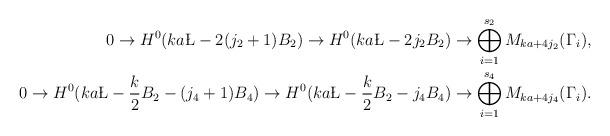
LaTeX: \begin{align*} 0\to H^0(ka\L-2(j_2+1)B_2)\to H^0(ka\L-2j_2B_2)\to \bigoplus_{i=1}^{s_2}M_{ka+4j_2}(\Gamma_i), \\ 0\to H^0(ka\L-\frac{k}{2}B_2-(j_4+1)B_4)\to H^0(ka\L-\frac{k}{2}B_2-j_4B_4)\to \bigoplus_{i=1}^{s_4}M_{ka+4j_4}(\Gamma_i).\end{align*}